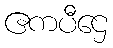
ဧကပီဌေ